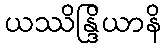
ယဿိန္ဒြိယာနိ